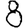
Digit: 8